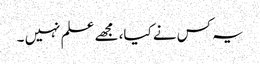
یہ کس نے کیا، مجھے علم نہیں ۔